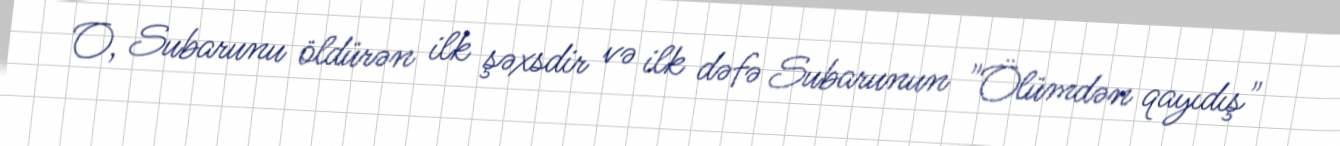
O, Subarunu öldürən ilk şəxsdir və ilk dəfə Subarunun "Ölümdən qayıdış"